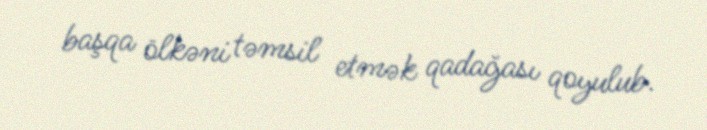
başqa ölkəni təmsil etmək qadağası qoyulub.